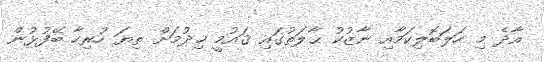
އާދެ މި ހަލަބޮލިކަމާއި ނާޒުކު ޙާލަތުގައި ޤައުމީ ޚިދުމަށް ތިޔަ ހުރިހާ ބޭފުޅުން